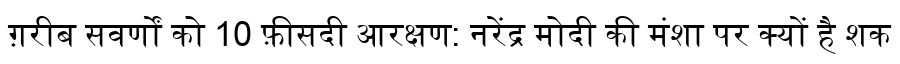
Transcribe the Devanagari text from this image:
ग़रीब सवर्णों को 10 फ़ीसदी आरक्षण: नरेंद्र मोदी की मंशा पर क्यों है शक